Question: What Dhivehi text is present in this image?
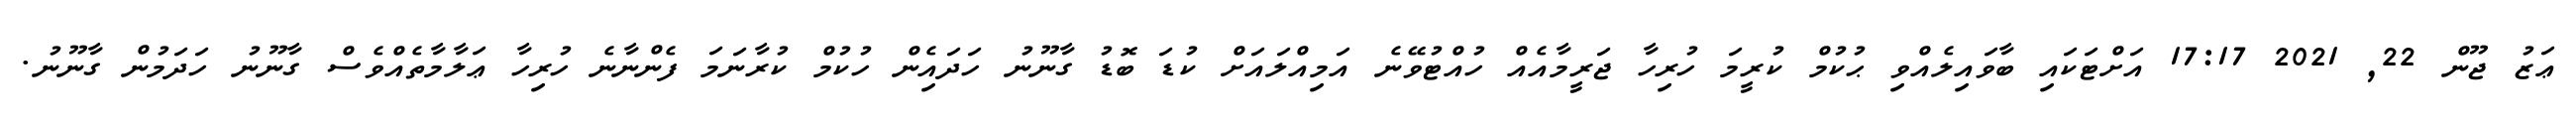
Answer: ޢަޒު ޖޫން 22, 2021 17:17 އަށްޓަކައި ބާވައިލެއްވި ޙުކުމް ކުރީމަ ހުރިހާ ޖަރީމާއެއް ހުއްޓުވޭނެ އަމިއްލައަށް ކުޑަ ބޮޑު ގާނޫނު ހަދައިެން ހުކުމް ކުރާނަމަ ފެންނާނެ ހުރިހާ ޢަލާމާތެއްވެސް ގާނޫނު ހަދަމުން ގާނޫނު.